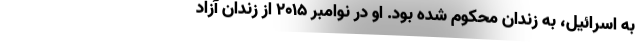
به اسرائیل، به زندان محکوم شده بود. او در نوامبر 2015 از زندان آزاد